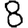
Digit: 8